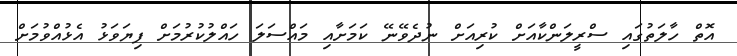
އޮތް ހާލަތުގައި ސްރީލަންކާއަށް ކުރިއަށް ނުދެވޭނޭ ކަމަށާއި މައްސަލަ ހައްލުކުރުމަށް ފިޔަވަޅު އެޅުއްވުމަށް